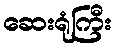
ဆေးရုံကြီး